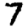
Digit: 7